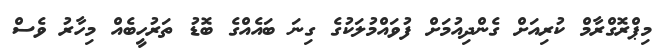
މިޕްރޮގްރާމް ކުރިއަށް ގެންދިއުމަށް ފުވައްމުލަކުގެ ގިނަ ބައެއްގެ ބޮޑު ތަރުހީބެއް މިހާރު ވެސް